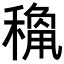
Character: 𥡾